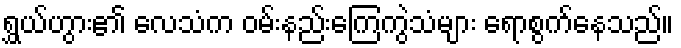
ရွှယ်ဟွား၏ လေသံက ဝမ်းနည်းကြေကွဲသံများ ရောစွက်နေသည်။